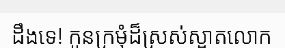
ដឹងទេ! កូនក្រមុំដ៏ស្រស់ស្អាតលោក